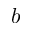
b